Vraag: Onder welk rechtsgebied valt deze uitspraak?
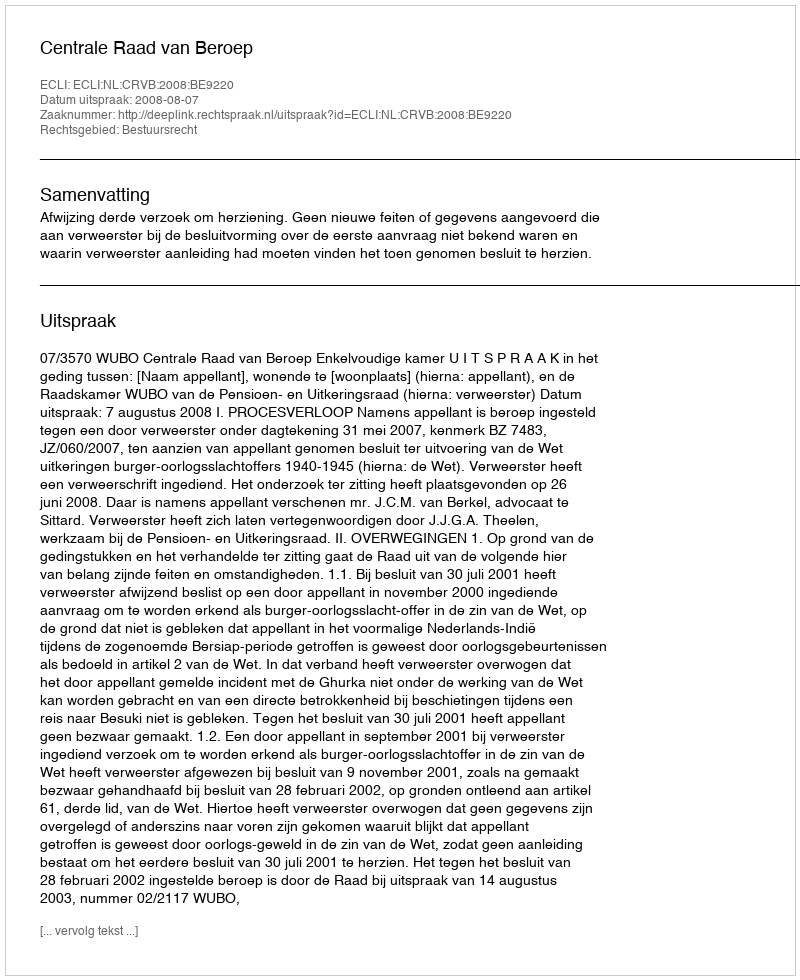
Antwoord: Bestuursrecht